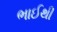
ભાઈથી